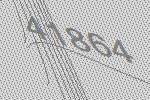
41864